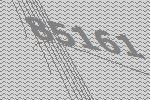
85161